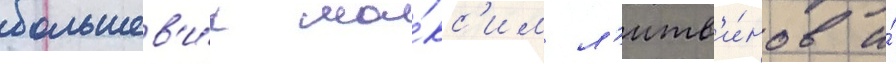
большев'и́к ма́кс'им л'итв'и́нов и́